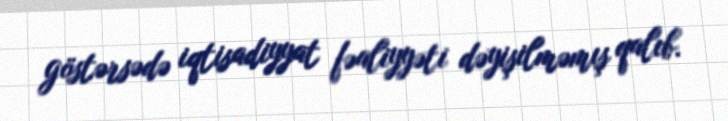
göstərsədə iqtisadiyyat fəaliyyəti dəyişilməmış qalıb.